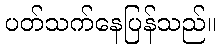
ပတ်သက်နေပြန်သည်။